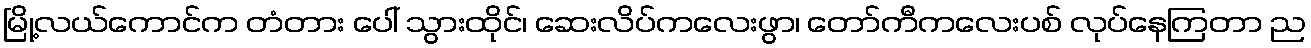
မြို့လယ်ကောင်က တံတား ပေါ် သွားထိုင်၊ ဆေးလိပ်ကလေးဖွာ၊ တော်ကီကလေးပစ် လုပ်နေကြတာ ည